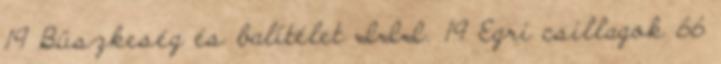
19 Büszkeség és balítélet III. 19 Egri csillagok 66